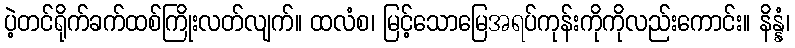
ပဲ့တင်ရိုက်ခက်ထစ်ကြိုးလတ်လျက်။ ထလံစ၊ မြင့်သောမြေအရပ်ကုန်းကိုကိုလည်းကောင်း။ နိန္နံ၊